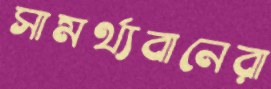
সামর্থ্যবানেরা